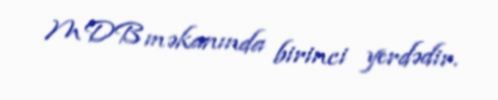
MDB məkanında birinci yerdədir.